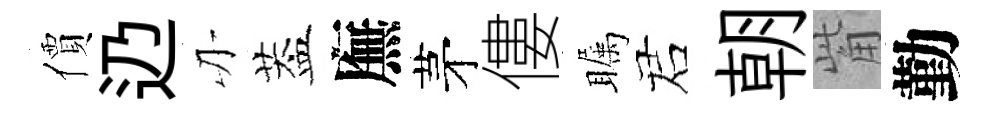
價辸刃葢廡茅僂瞩诺朝觜勤